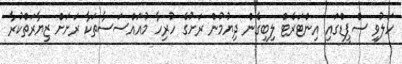
ހަލުވި ސްޕީޑްގައި އިންޓަރެޓް ލިބިގެން ދިޔުމުން ރަށުގެ ހުރިހާ މުއައްސަސާތަކާ ރަށަށް ޒިޔާރަތްކުރާ